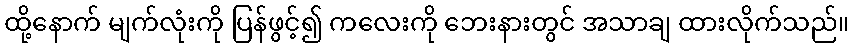
ထို့နောက် မျက်လုံးကို ပြန်ဖွင့်၍ ကလေးကို ဘေးနားတွင် အသာချ ထားလိုက်သည်။